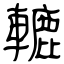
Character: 轆